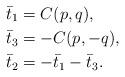
LaTeX: \begin{align*}{{\bar t}_1} &= C(p,q),\\{{\bar t}_3} &= - C(p, - q),\\{{\bar t}_2} &= - {{\bar t}_1} - {{\bar t}_3}.\end{align*}